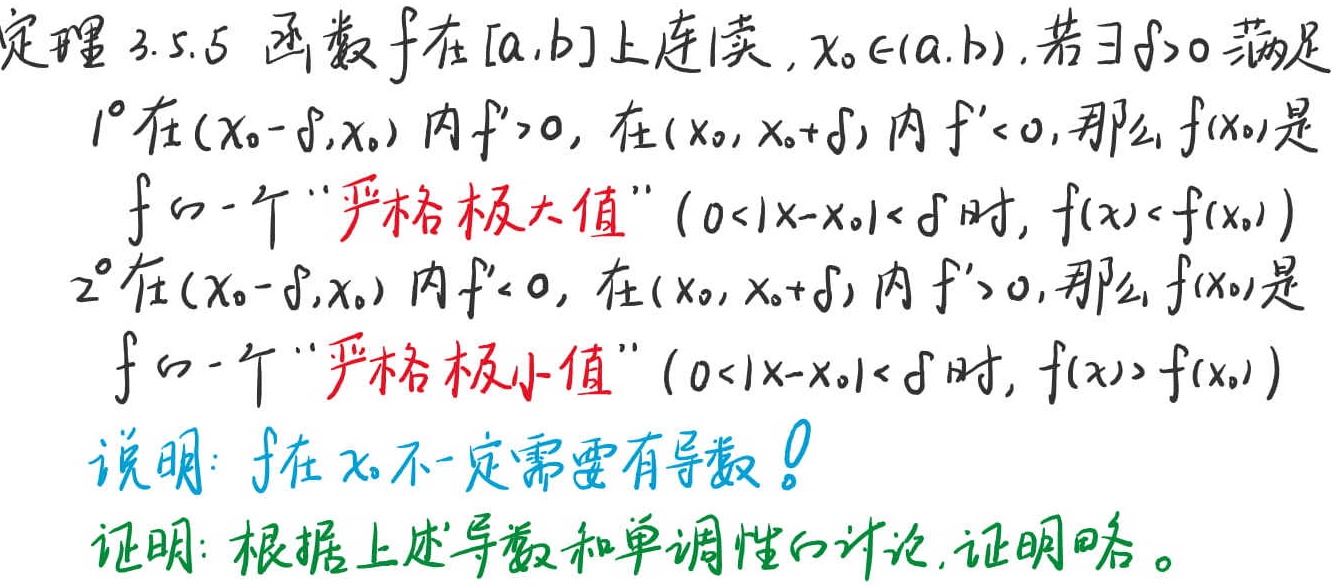
定理 3.5.5 函数 $f$ 在 $[a,b]$ 上连续, $x_0\in(a,b)$, 若 $\exists \delta > 0$ 满足
$1^{\circ}$ 在 $(x_0 - \delta,x_0)$ 内 $f'>0$, 在 $(x_0,x_0 + \delta)$ 内 $f'<0$, 那么 $f(x_0)$ 是
$f$ 的一个 “严格极大值” $(0<|x - x_0|<\delta$ 时, $f(x)<f(x_0))$
$2^{\circ}$ 在 $(x_0 - \delta,x_0)$ 内 $f'<0$, 在 $(x_0,x_0 + \delta)$ 内 $f'>0$, 那么 $f(x_0)$ 是
$f$ 的一个 “严格极小值” $(0<|x - x_0|<\delta$ 时, $f(x)>f(x_0))$
说明: $f$ 在 $x_0$ 不一定需要有导数！
证明: 根据上述导数和单调性的讨论, 证明略。